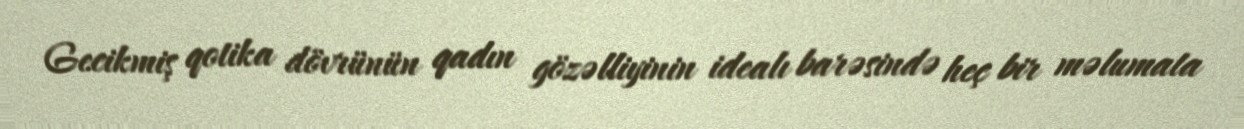
Gecikmiş qotika dövrünün qadın gözəlliyinin idealı barəsində heç bir məlumata